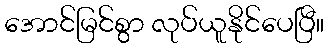
အောင်မြင်စွာ လုပ်ယူနိုင်ပေပြီ။